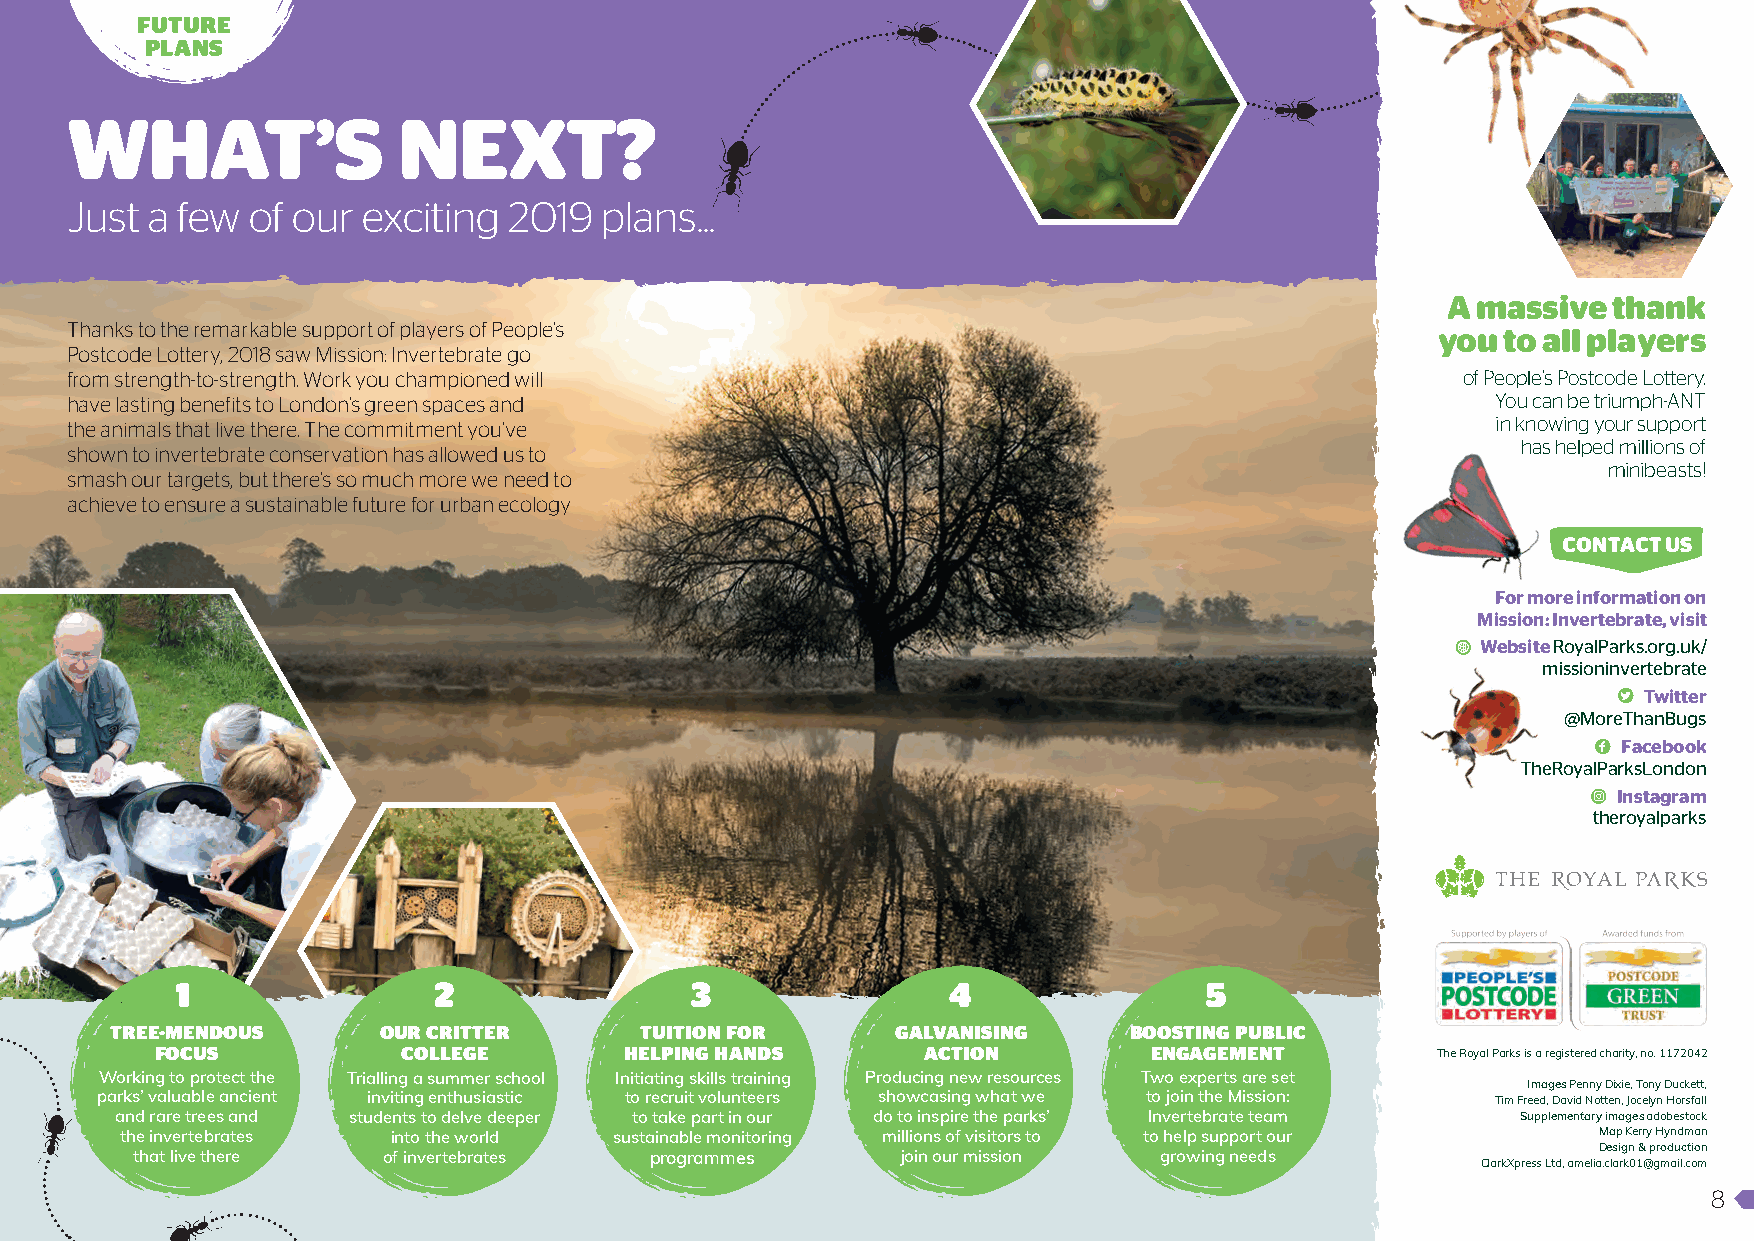
FUTURE
 PLANS
 WHAT’S                NEXT?
 Just a few  of our exciting  2019  plans...
 A massive  thank
 Thanks to the remarkable support of players of People’s
 you  to all players
 Postcode Lottery, 2018 saw Mission: Invertebrate go
 from strength-to-strength. Work you championed will                                          of People’s Postcode Lottery.
 have lasting benefits to London’s green spaces and                                             You can be triumph-ANT
 the animals that live there. The commitment you’ve                                             in knowing your support
 has helped millions of
 shown to invertebrate conservation has allowed us to
 minibeasts!
 smash our targets, but there’s so much more we need to
 achieve to ensure a sustainable future for urban ecology
 CONTACT US
 For more information on
 Mission: Invertebrate, visit
 Website RoyalParks.org.uk/
 missioninvertebrate
 Twitter
 @MoreThanBugs
 Facebook
 TheRoyalParksLondon
 Instagram
 theroyalparks
 1                2                3                4                5
 TREE-MENDOUS      OUR CRITTER      TUITION FOR      GALVANISING     BOOSTING PUBLIC
 FOCUS            COLLEGE       HELPING HANDS       ACTION         ENGAGEMENT         The Royal Parks is a registered charity, no. 1172042
 Working to protect the Trialling a summer school Initiating skills training Producing new resources Two experts are set
 Images Penny Dixie, Tony Duckett,
 parks’ valuable ancient inviting enthusiastic to recruit volunteers showcasing what we to join the Mission: Tim Freed, David Notten, Jocelyn Horsfall
 and rare trees and students to delve deeper to take part in our do to inspire the parks’ Invertebrate team Supplementary images adobestock
 the invertebrates into the world sustainable monitoring millions of visitors to to help support our Map Kerry Hyndman
 Design & production
 that live there of invertebrates  programmes       join our mission growing needs
 ClarkXpress Ltd, amelia.clark01@gmail.com
 8
 MI_Impact_Rep8pp_2019_FINAL.indd 8                                                                          06/02/2019 14:12